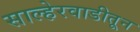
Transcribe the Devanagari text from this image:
साल्हेरवाडीतून